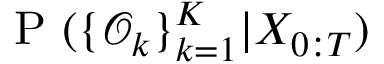
\mathrm { ~ P ~ } ( \{ \mathcal { O } _ { k } \} _ { k = 1 } ^ { K } | X _ { 0 : T } )